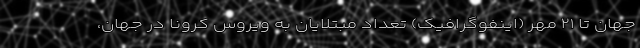
جهان تا ۲۱ مهر (اینفوگرافیک) تعداد مبتلایان به ویروس کرونا در جهان،